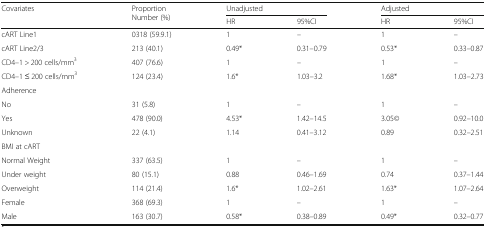
| <ROWSPAN=2> Covariates | <ROWSPAN=2> Proportion Number (%) | <COLSPAN=2> Unadjusted | <COLSPAN=2> Adjusted |
 | HR | 95%CI | HR | 95%CI |
 | --- | --- | --- | --- | --- | --- |
 | cART Line1 | 0318 (59.9.1) | 1 | – | 1 | – |
 | cART Line2/3 | 213 (40.1) | 0.49* | 0.31–0.79 | 0.53* | 0.33–0.87 |
 | CD4–1 > 200 cells/mm3 | 407 (76.6) | 1 | – | 1 | – |
 | CD4–1 ≤ 200 cells/mm3 | 124 (23.4) | 1.6* | 1.03–3.2 | 1.68* | 1.03–2.73 |
 | <COLSPAN=6> Adherence |
 | No | 31 (5.8) | 1 | – | 1 | – |
 | Yes | 478 (90.0) | 4.53* | 1.42–14.5 | 3.05© | 0.92–10.0 |
 | Unknown | 22 (4.1) | 1.14 | 0.41–3.12 | 0.89 | 0.32–2.51 |
 | <COLSPAN=6> BMI at cART |
 | Normal Weight | 337 (63.5) | 1 | – | 1 | – |
 | Under weight | 80 (15.1) | 0.88 | 0.46–1.69 | 0.74 | 0.37–1.44 |
 | Overweight | 114 (21.4) | 1.6* | 1.02–2.61 | 1.63* | 1.07–2.64 |
 | Female | 368 (69.3) | 1 | – | 1 | – |
 | Male | 163 (30.7) | 0.58* | 0.38–0.89 | 0.49* | 0.32–0.77 |